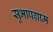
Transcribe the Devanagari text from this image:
सुभापग्राम